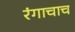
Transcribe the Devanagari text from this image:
रंगाचाच